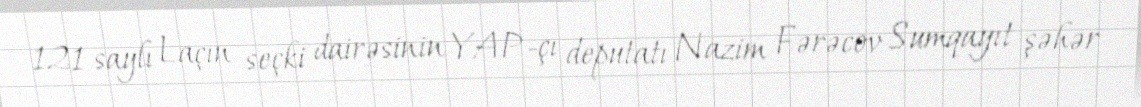
121 saylı Laçın seçki dairəsinin YAP-çı deputatı Nazim Fərəcov Sumqayıt şəhər